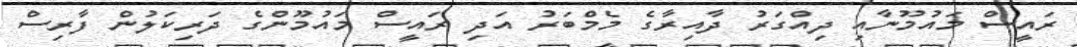
ރައީސް މައުމޫނާއި ދިއްގަރު ދާއިރާގެ މެމްބަރު އަދި ރައީސް މައުމޫންގެ ދަރިކަލުން ފާރިސް